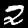
Label: 2